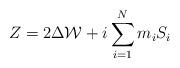
LaTeX: \begin{align*}Z=2\Delta{\cal W}+i\sum_{i=1}^{N}m_{i}S_{i}\end{align*}